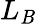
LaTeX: L_{\mathit{B}}